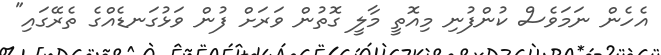
އެހެން ނަމަވެސް ކުންފުނި މިއޮތީ މާލީ ގޮތުން ވަރަށް ފުން ވަޅުގަނޑެއްގެ ތެރޭގައި"